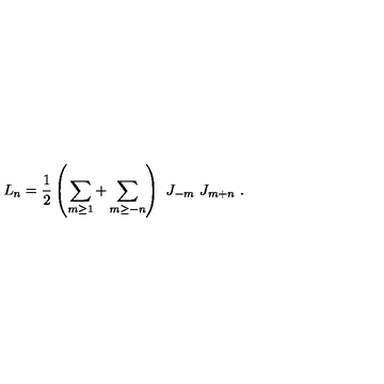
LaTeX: L _ { n } = { \frac { 1 } { 2 } } \left( \sum _ { m \geq 1 } + \sum _ { m \geq - n } \right) \ J _ { - m } \ J _ { m + n } \ .